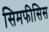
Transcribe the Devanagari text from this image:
सिमफीसिस